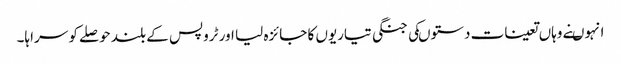
انہوںنے وہاں تعینات دستوںکی جنگی تیاریوں کا جائزہ لیا اور ٹروپس کے بلند حوصلے کو سراہا۔